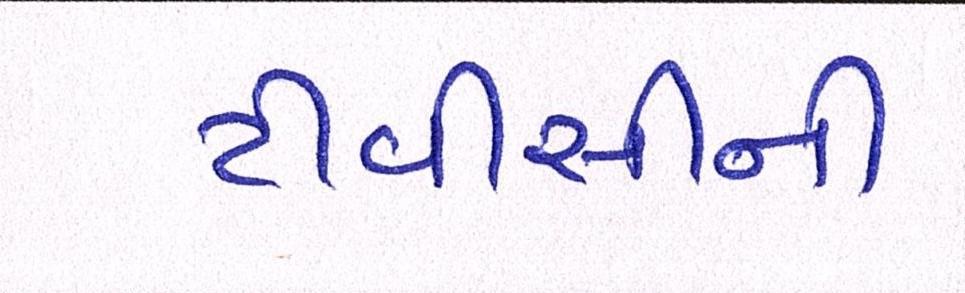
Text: ટીવીસીની